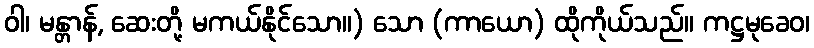
ဝါ၊ မန္တာန်, ဆေးတို့ မကယ်နိုင်သော။) သော (ကာယော) ထိုကိုယ်သည်။ ကဋ္ဌမုခေဝ၊